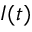
I ( t )